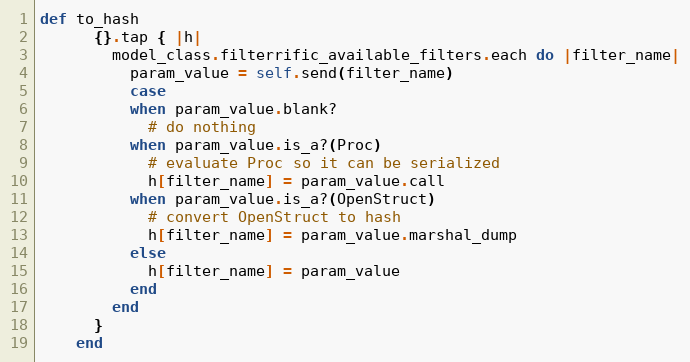
Language: Ruby
def to_hash
      {}.tap { |h|
        model_class.filterrific_available_filters.each do |filter_name|
          param_value = self.send(filter_name)
          case
          when param_value.blank?
            # do nothing
          when param_value.is_a?(Proc)
            # evaluate Proc so it can be serialized
            h[filter_name] = param_value.call
          when param_value.is_a?(OpenStruct)
            # convert OpenStruct to hash
            h[filter_name] = param_value.marshal_dump
          else
            h[filter_name] = param_value
          end
        end
      }
    end